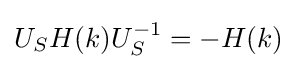
U_{S}H(k)U_{S}^{-1}=-H(k)